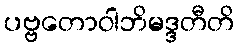
ပဗ္ဗတောဝါဘိမဒ္ဒတီတိ